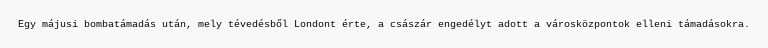
Egy májusi bombatámadás után, mely tévedésből Londont érte, a császár engedélyt adott a városközpontok elleni támadásokra.